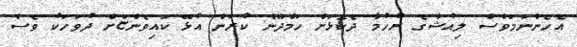
އެހެންނަމަވެސް ލިއުޝާގެ ރުހުމާ ދެކޮޅަށް ހަމްދޫން ކުރަން އުޅޭ ކައިވެންޏަށް ދުވަހަކު ވެސް